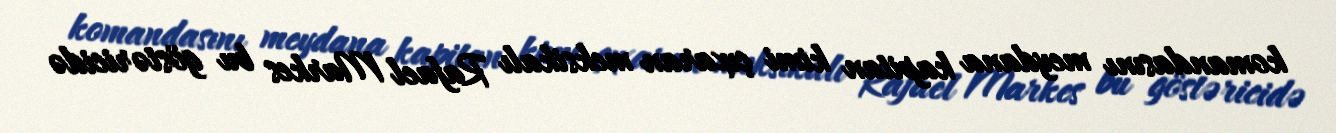
komandasını meydana kapitan kimi çıxaran meksikalı Rafael Markes bu göstəricidə